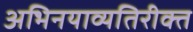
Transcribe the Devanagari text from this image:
अभिनयाव्यतिरीक्त